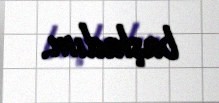
başladım.